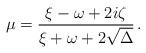
LaTeX: \begin{align*} \mu = \frac{\xi-\omega+2i\zeta}{\xi+\omega+2\sqrt{\Delta}}\, . \end{align*}